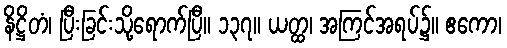
နိဋ္ဌိတံ၊ ပြီးခြင်းသို့ရောက်ပြီ။ ၁၃၇။ ယတ္ထ၊ အကြင်အရပ်၌။ ဧကော၊